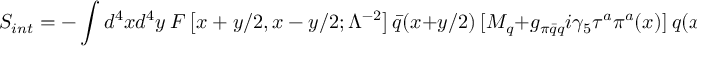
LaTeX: S _ { i n t } = - \int d ^ { 4 } x d ^ { 4 } y \ F \left[ x + y / 2 , x - y / 2 ; \Lambda ^ { - 2 } \right] \bar { q } ( x + y / 2 ) \ [ M _ { q } + g _ { \pi \bar { q } q } i \gamma _ { 5 } \tau ^ { a } \pi ^ { a } ( x ) ] \ q ( x - y / 2 ) ,